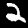
Digit: 2